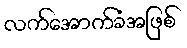
လက်အောက်ခံအဖြစ်